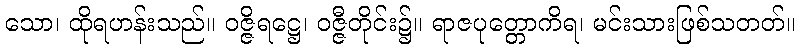
သော၊ ထိုရဟန်းသည်။ ဝဇ္ဇိရဋ္ဌေ၊ ဝဇ္ဇီတိုင်း၌။ ရာဇပုတ္တောကိရ၊ မင်းသားဖြစ်သတတ်။